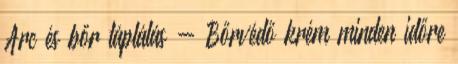
Arc és bőr táplálás - Bőrvédő krém minden időre